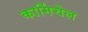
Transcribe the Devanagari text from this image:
कार्मिचेल